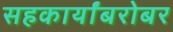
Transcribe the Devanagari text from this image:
सहकार्यांबरोबर